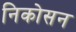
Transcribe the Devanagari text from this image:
निकोसन